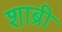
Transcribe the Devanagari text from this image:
शाब्री